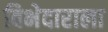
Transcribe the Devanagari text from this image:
विभेदाराला